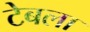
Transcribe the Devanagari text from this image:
टेबला